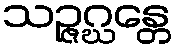
သဉ္ဇဂ္ဃန္တေ